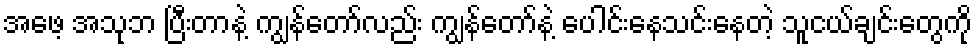
အဖေ့ အသုဘ ပြီးတာနဲ့ ကျွန်တော်လည်း ကျွန်တော်နဲ့ ပေါင်းနေသင်းနေတဲ့ သူငယ်ချင်းတွေကို